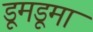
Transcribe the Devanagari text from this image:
डूमडूमा